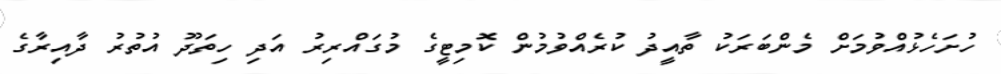
ހުށަހެޅުއްވުމަށް މެންބަރަކު ތާއީދު ކުރެއްވުމުން ކޮމިޓީގެ މުގައްރިރު އަދި ހިތަދޫ އުތުރު ދާއިރާގެ